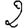
Digit: 2